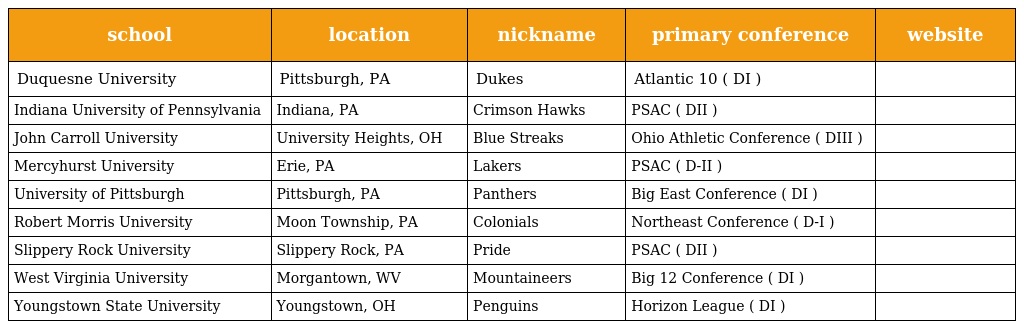
| school | location | nickname | primary conference | website |
 | --- | --- | --- | --- | --- |
 | Duquesne University | Pittsburgh, PA | Dukes | Atlantic 10 ( DI ) |  |
 | Indiana University of Pennsylvania | Indiana, PA | Crimson Hawks | PSAC ( DII ) |  |
 | John Carroll University | University Heights, OH | Blue Streaks | Ohio Athletic Conference ( DIII ) |  |
 | Mercyhurst University | Erie, PA | Lakers | PSAC ( D-II ) |  |
 | University of Pittsburgh | Pittsburgh, PA | Panthers | Big East Conference ( DI ) |  |
 | Robert Morris University | Moon Township, PA | Colonials | Northeast Conference ( D-I ) |  |
 | Slippery Rock University | Slippery Rock, PA | Pride | PSAC ( DII ) |  |
 | West Virginia University | Morgantown, WV | Mountaineers | Big 12 Conference ( DI ) |  |
 | Youngstown State University | Youngstown, OH | Penguins | Horizon League ( DI ) |  |